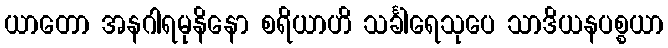
ယာတော အနဂါရမုနိနော စရိယာဟိ သင်္ခါရေသုပေ သာဒိယနပစ္စယာ